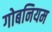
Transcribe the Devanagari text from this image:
गोबनियम